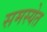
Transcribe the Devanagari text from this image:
समस्येत